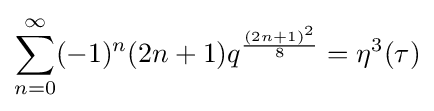
\sum _{n=0}^{\infty }(-1)^{n}(2n+1)q^{\frac {(2n+1)^{2}}{8}}=\eta ^{3}(\tau )